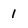
Character: 1